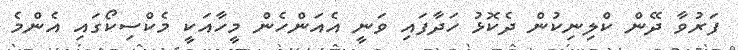
ފަރުވާ ދޭން ކްލިނިކުން ދެކޮޅު ހަދާފައި ވަނީ އެއަންހެން މީހާއަކީ މެކްސިކޯގައި އެންމެ